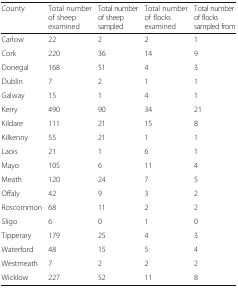
| County | Total number of sheep examined | Total number of sheep sampled | Total number of flocks examined | Total number of flocks sampled from |
 | --- | --- | --- | --- | --- |
 | Carlow | 22 | 2 | 2 | 1 |
 | Cork | 220 | 36 | 14 | 9 |
 | Donegal | 168 | 51 | 4 | 3 |
 | Dublin | 7 | 2 | 1 | 1 |
 | Galway | 15 | 1 | 4 | 1 |
 | Kerry | 490 | 90 | 34 | 21 |
 | Kildare | 111 | 21 | 15 | 8 |
 | Kilkenny | 55 | 21 | 1 | 1 |
 | Laois | 21 | 1 | 6 | 1 |
 | Mayo | 105 | 6 | 11 | 4 |
 | Meath | 120 | 24 | 7 | 5 |
 | Offaly | 42 | 9 | 3 | 2 |
 | Roscommon | 68 | 11 | 2 | 2 |
 | Sligo | 6 | 0 | 1 | 0 |
 | Tipperary | 179 | 25 | 4 | 3 |
 | Waterford | 48 | 15 | 5 | 4 |
 | Westmeath | 7 | 2 | 2 | 2 |
 | Wicklow | 227 | 52 | 11 | 8 |